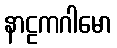
နာဠကဂါမော